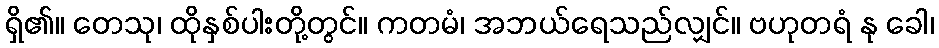
ရှိ၏။ တေသု၊ ထိုနှစ်ပါးတို့တွင်။ ကတမံ၊ အဘယ်ရေသည်လျှင်။ ဗဟုတရံ နု ခေါ၊